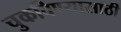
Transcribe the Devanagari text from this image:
चुकविण्यासाठी